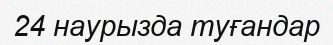
24 наурызда туғандар